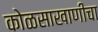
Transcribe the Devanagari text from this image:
कोळसाखाणीचा